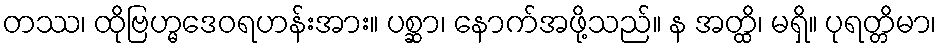
တဿ၊ ထိုဗြဟ္မဒေဝရဟန်းအား။ ပစ္ဆာ၊ နောက်အဖို့သည်။ န အတ္ထိ၊ မရှိ။ ပုရတ္တိမာ၊